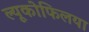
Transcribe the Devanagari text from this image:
ल्यूकोफिलया